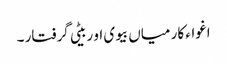
اغواء کار میاں بیوی او ربیٹی گرفتار ۔